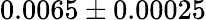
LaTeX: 0.0065\pm 0.00025